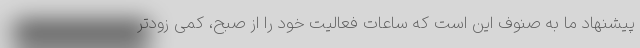
پیشنهاد ما به صنوف این است که ساعات فعالیت خود را از صبح، کمی زودتر